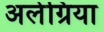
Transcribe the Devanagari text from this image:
अलेग्रिया